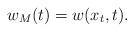
LaTeX: \begin{align*}w_M(t)=w(x_t, t).\end{align*}